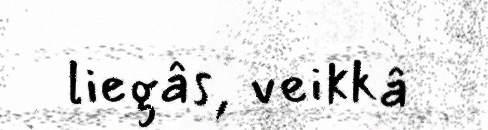
liegâs, veikkâ